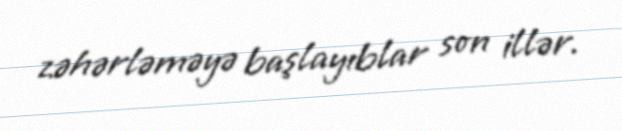
zəhərləməyə başlayıblar son illər.